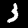
Digit: 3